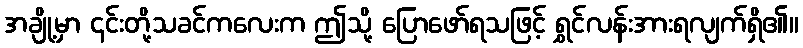
အချို့မှာ ၎င်းတို့သခင်ကလေးက ဤသို့ ပြောဖော်ရသဖြင့် ရွှင်လန်းအားရလျက်ရှိ၏။